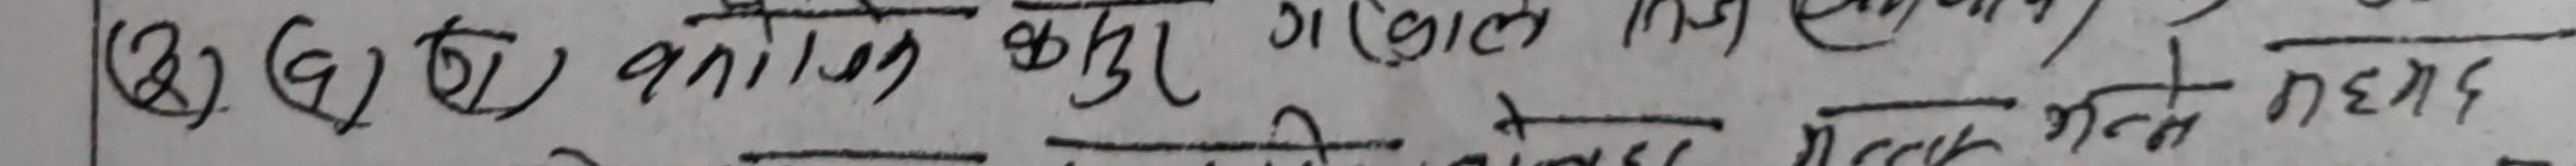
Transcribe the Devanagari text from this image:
(२) (ए) (घ) अनिल कबु ग गोल साधि किर्ति सु अने मन नेग